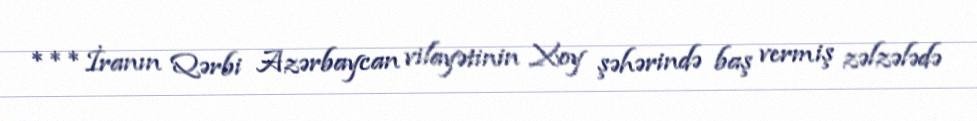
***İranın Qərbi Azərbaycan vilayətinin Xoy şəhərində baş vermiş zəlzələdə